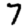
Digit: 7